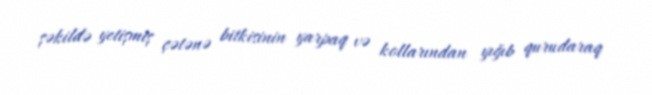
şəkildə yetişmiş çətənə bitkisinin yarpaq və kollarından yığıb qurudaraq